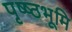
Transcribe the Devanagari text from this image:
पृष्ष्ठभूमि